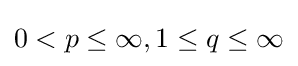
0<p\leq \infty ,1\leq q\leq \infty